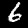
Digit: 6